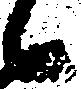
々